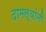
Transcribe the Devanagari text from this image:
दामल्यांनी